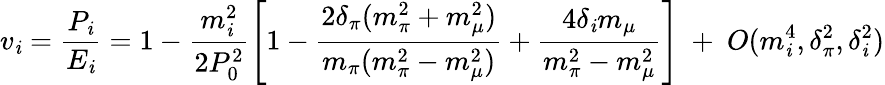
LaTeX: v_{\mathit{i}}=\frac{{P_{\mathit{i}}}}{{E_{\mathit{i}}}}=1-\frac{{m_{\mathit{i}}^{2}}}{{2P_{0}^{2}}}\left[1-\frac{{2\delta_{\pi}(m_{\pi}^{2}+m_{\mu}^{2})}}{{m_{\pi}(m_{\pi}^{2}-m_{\mu}^{2})}}+\frac{{4\delta_{\mathit{i}}m_{\mu}}}{{m_{\pi}^{2}-m_{\mu}^{2}}}\right]~+~O(m_{\mathit{i}}^{4},\delta_{\pi}^{2},\delta_{\mathit{i}}^{2})